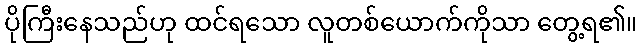
ပိုကြီးနေသည်ဟု ထင်ရသော လူတစ်ယောက်ကိုသာ တွေ့ရ၏။